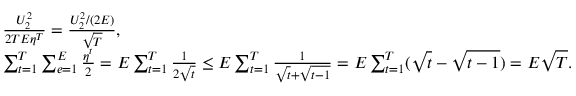
\begin{array} { r l } & { \frac { U _ { 2 } ^ { 2 } } { 2 T E \eta ^ { T } } = \frac { U _ { 2 } ^ { 2 } / ( 2 E ) } { \sqrt { T } } , } \\ & { \sum _ { t = 1 } ^ { T } \sum _ { e = 1 } ^ { E } \frac { \eta ^ { t } } { 2 } = E \sum _ { t = 1 } ^ { T } \frac { 1 } { 2 \sqrt { t } } \leq E \sum _ { t = 1 } ^ { T } \frac { 1 } { \sqrt { t } + \sqrt { t - 1 } } = E \sum _ { t = 1 } ^ { T } ( \sqrt { t } - \sqrt { t - 1 } ) = E \sqrt { T } . } \end{array}